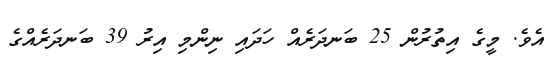
އެވެ. މީގެ އިތުރުން 25 ބަނދަރެއް ހަދައި ނިންމި އިރު 39 ބަނދަރެއްގެ